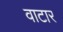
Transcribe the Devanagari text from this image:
वाटार